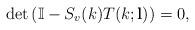
LaTeX: \begin{align*}\det\left( \mathbb{I}-S_v (k) T(k;\mathbf{l}) \right) =0,\end{align*}